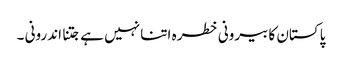
پاکستان کا بیرونی خطرہ اتنا نہیں ہے جتنا اندرونی ۔